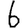
Digit: 6